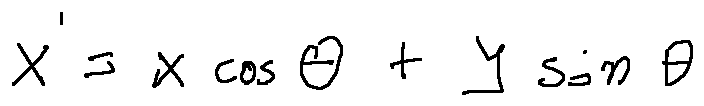
x ^ { \prime } = x \cos \theta + y \sin \theta